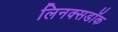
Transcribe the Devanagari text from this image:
लिनक्सडॉक